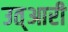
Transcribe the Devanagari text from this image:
उत्आरी